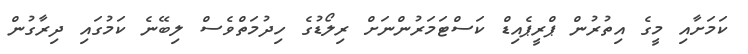
ކަމަށާއި މީގެ އިތުރުން ޕްރީޕެއިޑް ކަސްޓަމަރުންނަށް ރިލޯޑުގެ ހިދުމަތްވެސް ލިބޭނެ ކަމުގައި ދިރާގުން